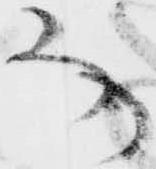
な